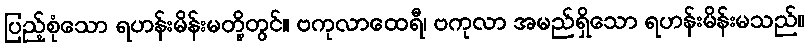
ပြည့်စုံသော ရဟန်းမိန်းမတို့တွင်။ ဗကုလာထေရီ၊ ဗကုလာ အမည်ရှိသော ရဟန်းမိန်းမသည်။